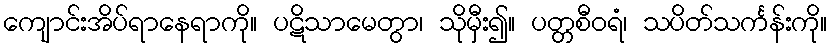
ကျောင်းအိပ်ရာနေရာကို။ ပဋိသာမေတွာ၊ သိုမှီး၍။ ပတ္တစီဝရံ၊ သပိတ်သင်္ကန်းကို။